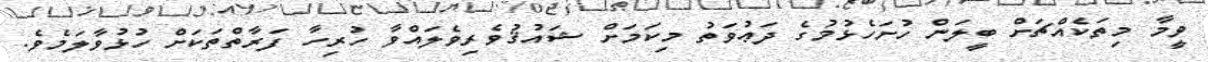
ވީމާ މިތަކެއްޗަށް ބީލަން ހުށަހެޅުމުގެ ދަޢުވަތު މިކަމަށް ޝައުޤުވެރިވެލައްވާ ހުރިހާ ފަރާތްތަކަށް ހުޅުވާލަމެވެ.